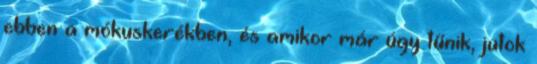
ebben a mókuskerékben, és amikor már úgy tűnik, jutok